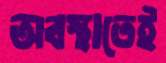
অবস্থাতেই